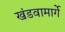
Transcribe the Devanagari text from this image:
खंडवामार्गे